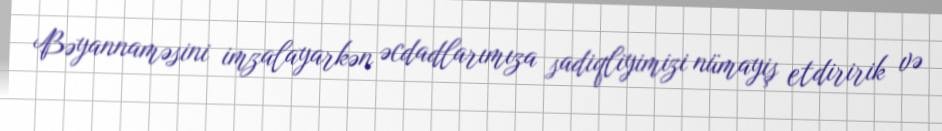
Bəyannaməsini imzalayarkən əcdadlarımıza sadiqliyimizi nümayiş etdiririk və